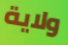
ولاية